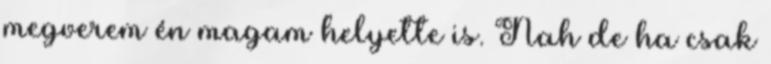
megverem én magam helyette is. Nah de ha csak